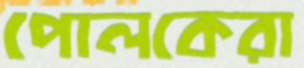
পোলকেরা